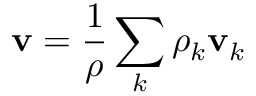
\mathbf { v } = \frac { 1 } { \rho } \sum _ { k } \rho _ { k } \mathbf { v } _ { k }